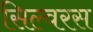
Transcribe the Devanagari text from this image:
सिल्वरस